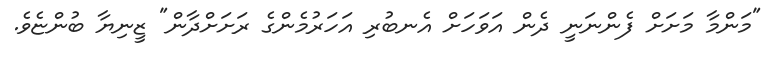
"މަންމާ މަށަށް ފެންނަނީ ދެން އަވަހަށް އެނބުރި އަހަރުމެންގެ ރަށަށްދާން" ޒީނިޔާ ބުންޏެވެ.